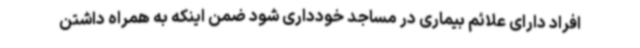
افراد دارای علائم بیماری در مساجد خودداری شود ضمن اینکه به همراه داشتن